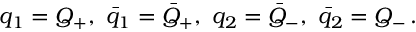
q _ { 1 } = Q _ { + } , \, \, \bar { q } _ { 1 } = \bar { Q } _ { + } , \, \, q _ { 2 } = \bar { Q } _ { - } , \, \, \bar { q } _ { 2 } = Q _ { - } \, .